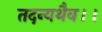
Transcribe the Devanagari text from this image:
तदन्यथैव।।